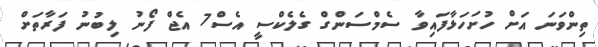
ތިންވަނަ އަށް ހުށަހަޅާފައިވާ ސެމްސަންގް ގެލެކްސީ އެސް7 އެޖް ފޯނު ލިބުނު ފަރާތަށް